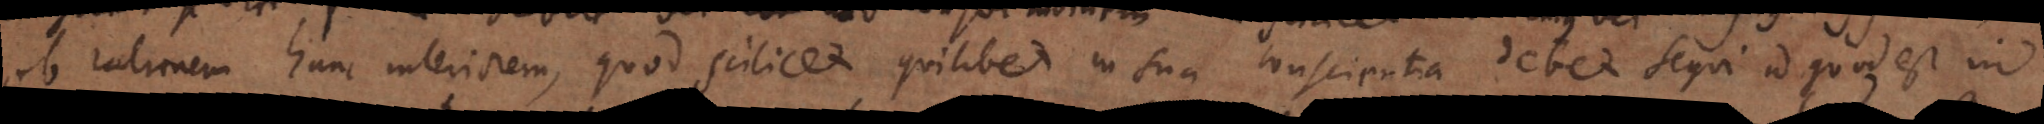
ob rationem hanc interiorem, quod scilicet quilibet in sua conscientia debet sequi id quod est in